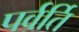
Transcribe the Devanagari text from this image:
पर्वर्ति